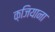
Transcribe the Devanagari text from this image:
क़जियाना